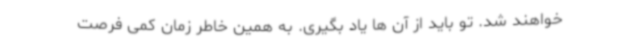
خواهند شد. تو باید از آن ها یاد بگیری. به همین خاطر زمان کمی فرصت